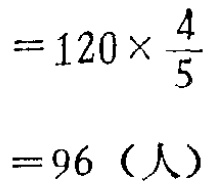
\[

\begin{align*}

&=120\times\frac{4}{5}\\

&=96（人）

\end{align*}

\]